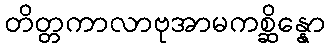
တိတ္တကာလာဗုအာမကစ္ဆိန္နော